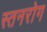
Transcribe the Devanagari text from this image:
स्तनरोग